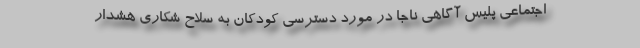
اجتماعی پلیس آگاهی ناجا در مورد دسترسی کودکان به سلاح شکاری هشدار